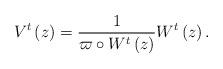
LaTeX: \begin{align*}V^{t}\left(z\right)=\frac{1}{\varpi\circ W^{t}\left(z\right)}W^{t}\left(z\right).\end{align*}